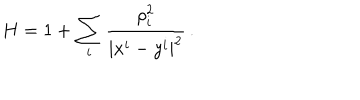
H = 1 + \sum _ { i } \frac { \rho _ { i } ^ { 2 } } { | x ^ { i } - y ^ { i } | ^ { 2 } } \, .